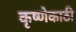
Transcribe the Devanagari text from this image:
कृष्णेकाठी